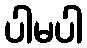
ပါမပါ